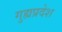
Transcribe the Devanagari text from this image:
गुह्यप्रदेश